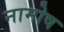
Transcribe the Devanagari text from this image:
नामोष